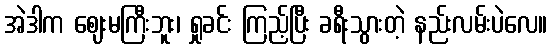
အဲဒါက ဈေးမကြီးဘူး၊ ရှုခင်း ကြည့်ပြီး ခရီးသွားတဲ့ နည်းလမ်းပဲလေ။